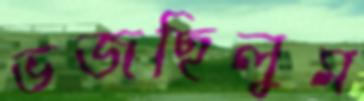
ভজছিলুম